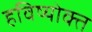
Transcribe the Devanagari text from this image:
हविष्योक्त